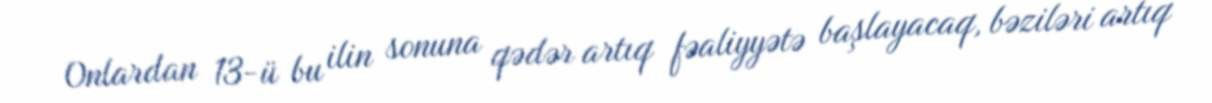
Onlardan 13-ü bu ilin sonuna qədər artıq fəaliyyətə başlayacaq, bəziləri artıq